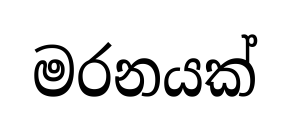
මරනයක්